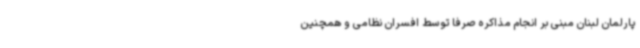
پارلمان لبنان مبنی بر انجام مذاکره صرفا توسط افسران نظامی و همچنین